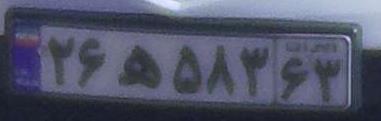
۲۶ه۵۸۳۶۳